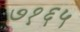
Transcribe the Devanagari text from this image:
७१६५